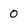
Character: 0